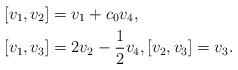
LaTeX: \begin{align*}&[v_1, v_2]=v_1+c_0v_4,\\&[v_1, v_3]=2v_2-\frac{1}{2}v_4, [v_2, v_3]=v_3.\end{align*}